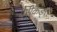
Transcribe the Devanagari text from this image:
बैरीकेड्स